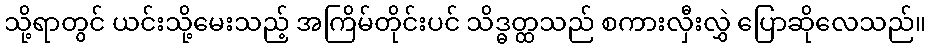
သို့ရာတွင် ယင်းသို့မေးသည့် အကြိမ်တိုင်းပင် သိဒ္ဓတ္ထသည် စကားလှီးလွှဲ ပြောဆိုလေသည်။